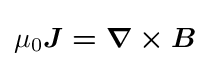
\mu _{0}{\boldsymbol {J=\nabla \times B}}\